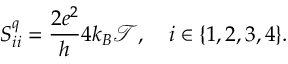
S _ { i i } ^ { q } = \frac { 2 e ^ { 2 } } { h } 4 k _ { B } \mathcal { T } , \quad i \in \{ 1 , 2 , 3 , 4 \} .